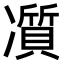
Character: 𠘖